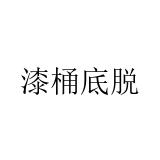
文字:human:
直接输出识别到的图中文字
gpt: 漆桶底脱